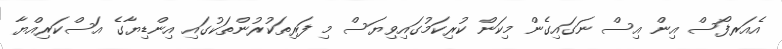
އެއަރފޯސް އިން އިސް ނަގައިގެން މިކަން ކުރިކަމުގައިވިޔަސް މި ފަރިތަކުރުންތަކުގައި އިންޑިޔާގެ އަސްކަރިއްޔާ